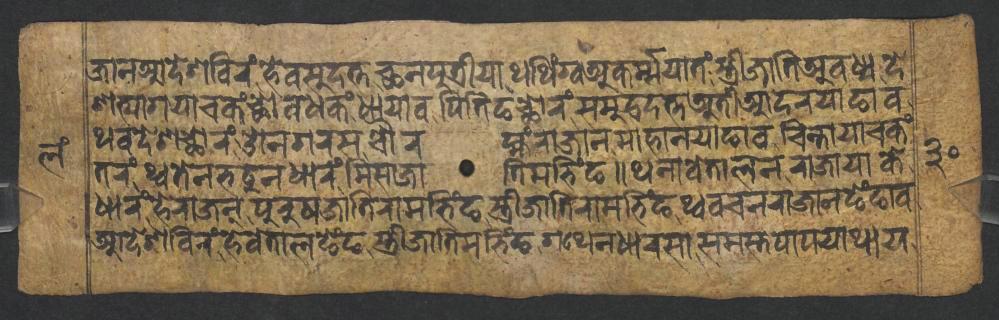
𑐖𑐵𑐣𑐁𑐡𑐾𑐱𑐧𑐶𑐬𑑄𑐴𑐾𑐰𑐳𑐸𑐡𑐟𑑂𑐟𑐕𑐣𑐥𑐸𑐟𑑂𑐬𑐷𑐫𑐵𑐠𑐠𑐶𑑄𑐐𑑂𑐰𑐀𑐎𑐬𑑂𑐩𑑂𑐩𑐫𑐵𑐟𑑄𑐳𑑂𑐟𑑂𑐬𑐷𑐖𑐵𑐟𑐶𑐀𑐰𑐢𑑂𑐫𑐡𑐾 𑐱𑐟𑑂𑐫𑐵𑐐𑐫𑐵𑐔𑐎𑑄𑐕𑑀𑐰𑐢𑐎𑑄𑐢𑐵𑐫𑐵𑐰𑐥𑐶𑐟𑐶𑐒𑐕𑑀𑐬𑑄𑐳𑐩𑐸𑐡𑑂𑐬𑐡𑐟𑑂𑐟𑐀𑐟𑐷𑐁𑐡𑐬𑐫𑐵𑐒𑐵𑐰 𑐠𑐰𑐡𑐾𑐱𑐕𑑀𑐬𑑄𑐌𑐣𑐐𑐬𑐳𑐔𑑁𑐬𑐩𑑂𑐴𑑄𑐬𑐵𑐖𑐵𑐣𑐩𑐵𑐴𑐵𑐣𑐫𑐵𑐒𑐵𑐰𑐔𑐶𑐣𑑂𑐟𑐵𑐫𑐵𑐔𑐎𑑄 𑐟𑐬𑑄𑐠𑑂𑐰𑐟𑐾𑐣𑐨𑐚𑐸𑐣𑐢𑐵𑐬𑑄𑐩𑐶𑐳𑐵𑐖𑐵𑐟𑐶𑐩𑐨𑐶𑑄𑐒𑑌𑐠𑐣𑐵𑐰𑐾𑐟𑐵𑐮𑐣𑐬𑐵𑐖𑐵𑐫𑐵𑐎𑐾 𑐢𑐵𑐬𑑄𑐴𑐾𑐬𑐵𑐖𑐣𑑂𑐥𑐸𑐬𑐸𑐲𑐖𑐵𑐟𑐶𑐬𑐵𑐩𑐨𑐶𑑄𑐒𑐳𑑂𑐟𑑂𑐬𑐷𑐖𑐵𑐟𑐶𑐬𑐵𑐩𑐨𑐶𑑄𑐒𑐠𑑂𑐰𑐰𑐔𑐣𑐬𑐵𑐖𑐵𑐣𑐒𑐾𑑄𑐒𑐵𑐰 𑐁𑐡𑐾𑐱𑐧𑐶𑐬𑑄𑐴𑐾𑐰𑐾𑐟𑐵𑐮𑐒𑐾𑑄𑐒𑐳𑑂𑐟𑑂𑐬𑐷𑐖𑐵𑐟𑐶𑐩𑐨𑐶𑑄𑐒𑐐𑐠𑐾𑐣𑐢𑐵𑐬𑐳𑐵𑐳𑐩𑐳𑑂𑐟𑐥𑐵𑐥𑐫𑐵𑐠𑐵𑐫